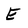
Character: E